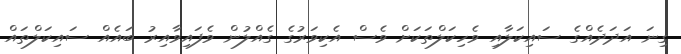
ގިނަ އަދަދެއްގެ ސައިކަލާއި ވެހިކަލްތަކަށް ވެސް އެކިވަރުގެ ގެއްލުން ވެފައިވާއިރު ބައެއް ސައިކަލްތައް